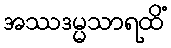
အဿဒမ္မသာရထိံ